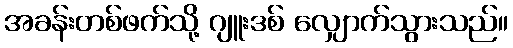
အခန်းတစ်ဖက်သို့ ဂျူးဒစ် လျှောက်သွားသည်။